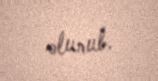
olunub.